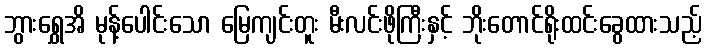
ဘွားရွှေအိ မုန့်ပေါင်းသော မြေကျင်းတူး မီးလင်းဖိုကြီးနှင့် ဘိုးတောင်ရိုးထင်းခွေထားသည့်